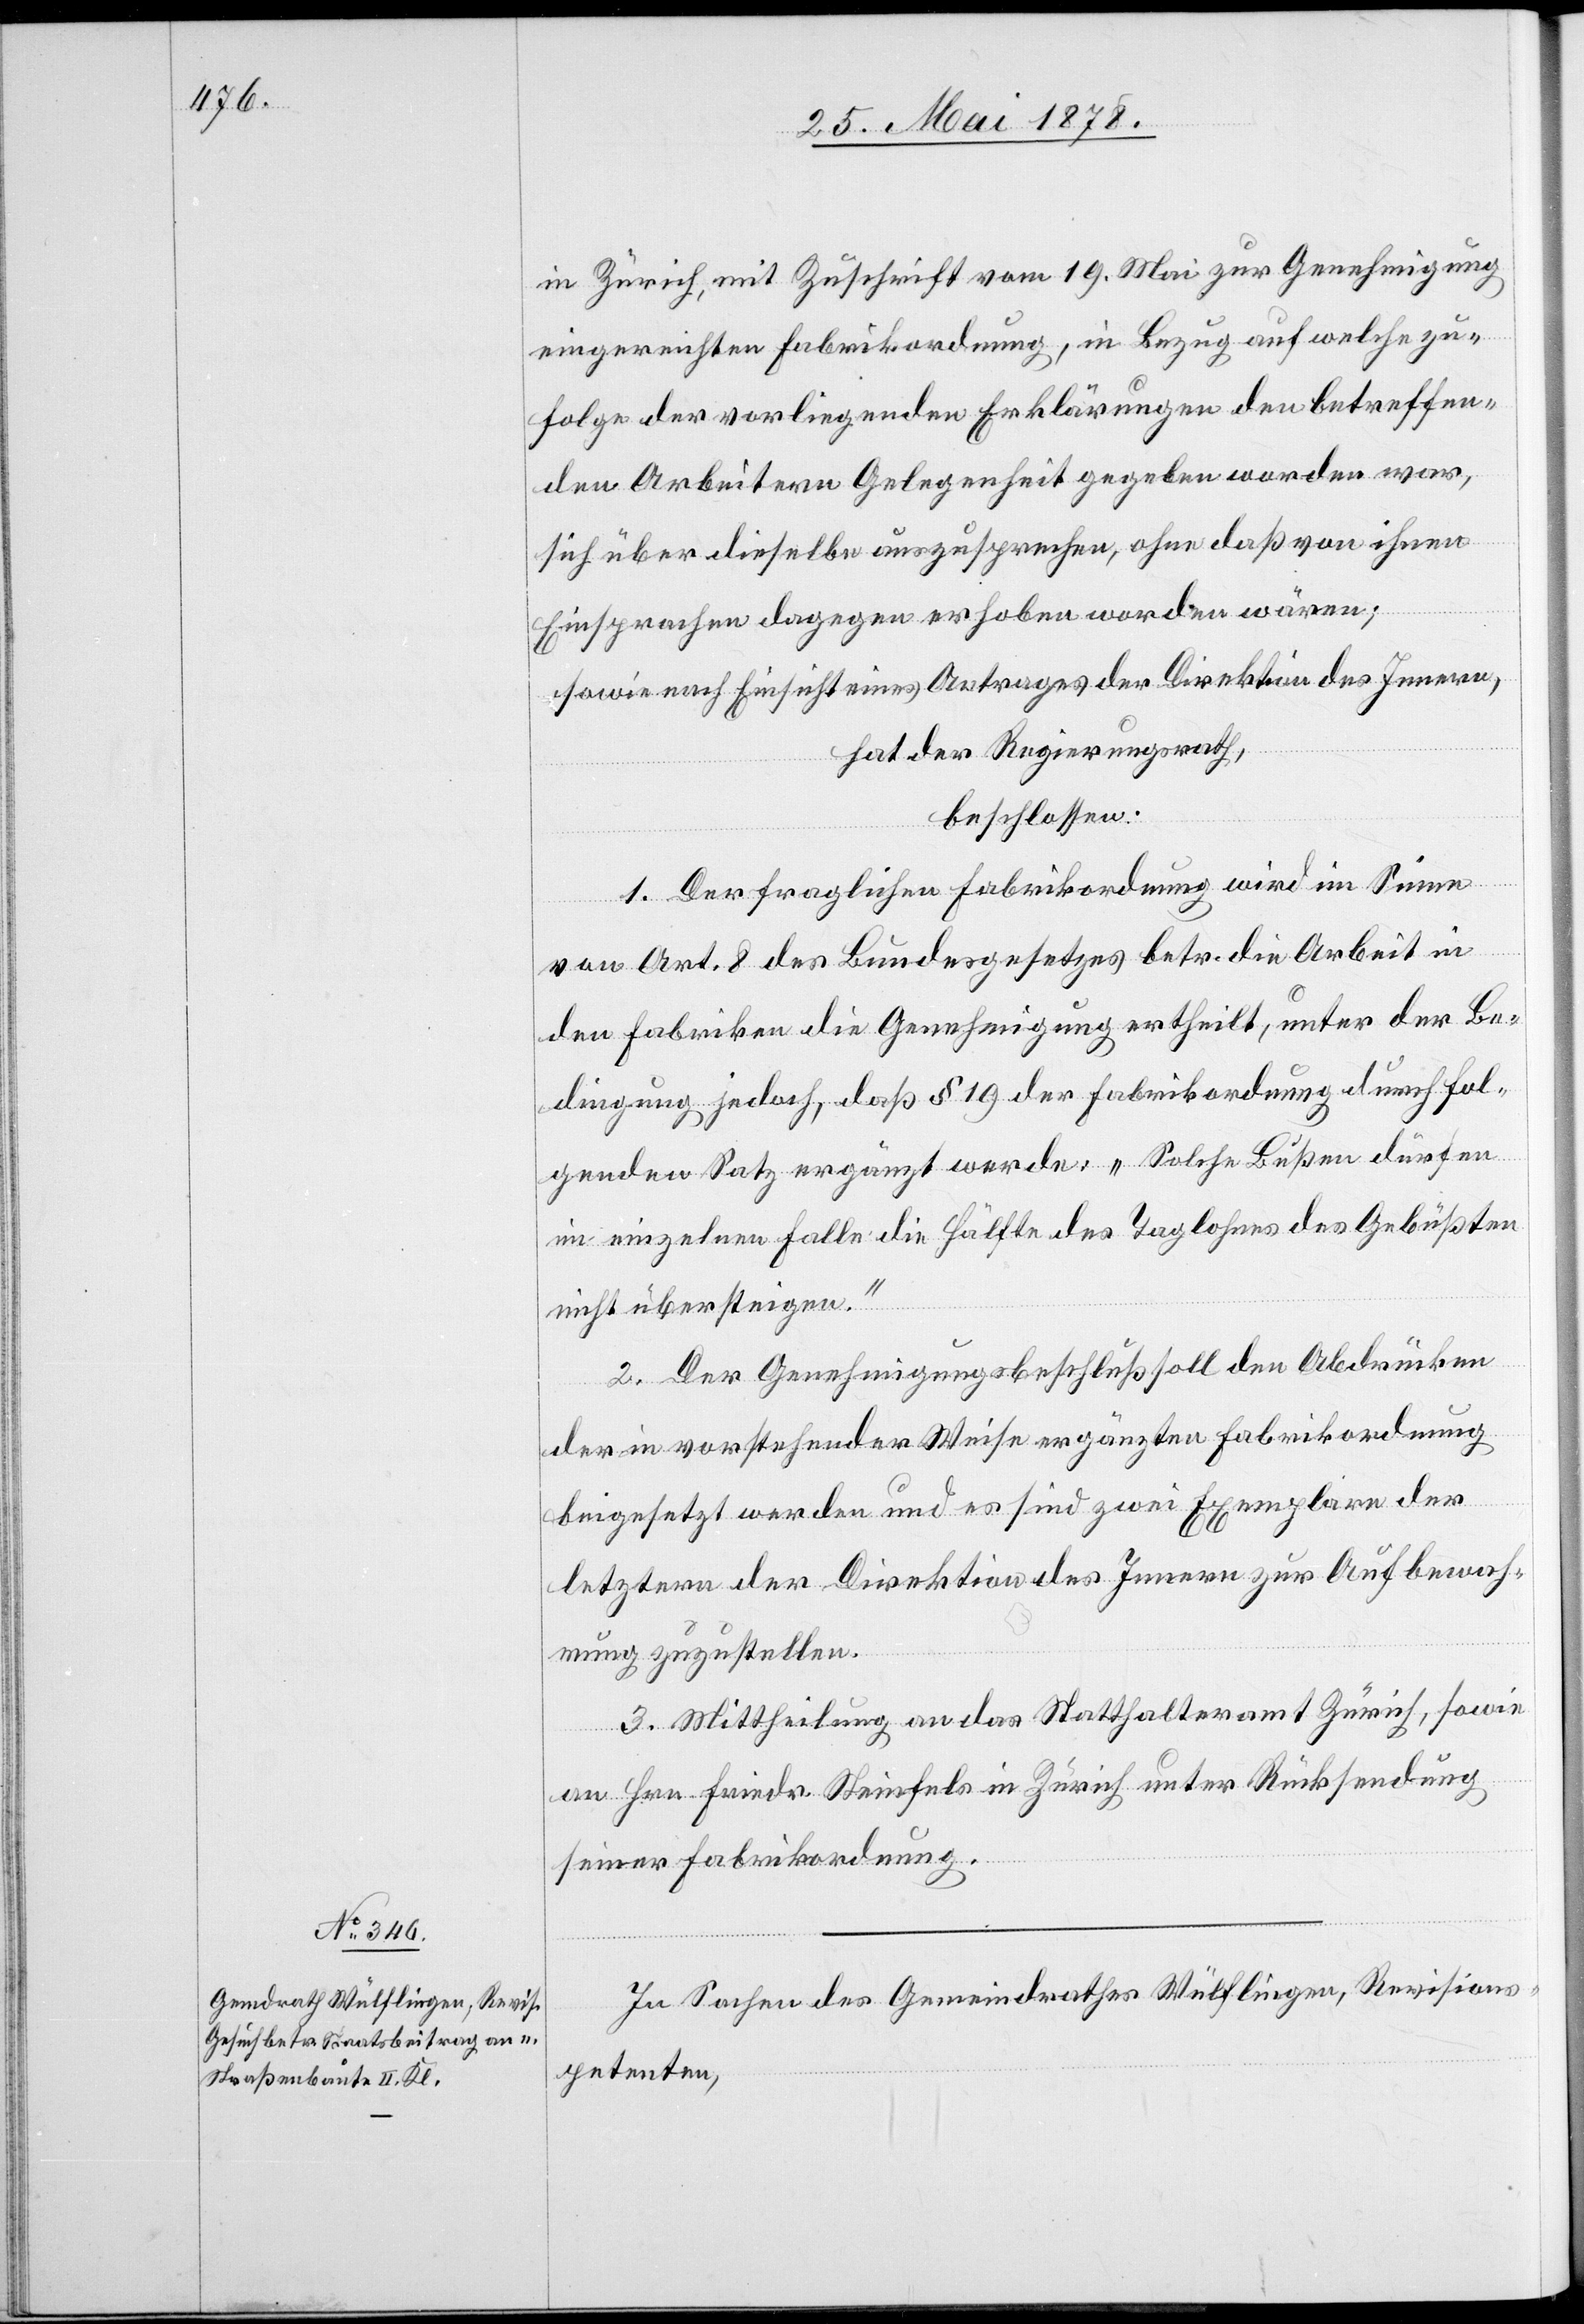
in Zürich, mit Zuschrift vom 19. Mai zur Genehmigung
eingereichten Fabrikordnung, in Bezug auf welche zu¬
folge der vorliegenden Erklärungen den betreffen¬
den Arbeitern Gelegenheit gegeben worden war,
sich über dieselbe auszusprechen, ohne dass von ihnen
Einsprachen dagegen erhoben worden wären;
sowie nach Einsicht eines Antrages der Direktion des Innern,
hat der Regierungsrath,
beschlossen:
1. Der fraglichen Fabrikordnung wird im Sinne
von Art. 8 des Bundesgesetzes betr. die Arbeit in
den Fabriken die Genehmigung ertheilt, unter der Be¬
dingung jedoch, dass § 19 der Fabrikordnung durch fol¬
genden Satz ergänzt werde: „Solche Bußen dürfen
im einzelnen Falle die Hälfte des Taglohnes des Gebüßten
nicht übersteigen.“
2. Der Genehmigungsbeschluß soll den Abdrücken
der in vorstehender Weise ergänzten Fabrikordnung
beigesetzt werden und es sind zwei Exemplare der
letztern der Direktion des Innern zur Aufbewah¬
rung zuzustellen.
3. Mittheilung an das Statthalteramt Zürich, sowie
an Hrn. Friedr. Steinfels in Zürich unter Rücksendung
seiner Fabrikordnung.
In Sachen des Gemeindrathes Wülflingen, Revisions¬
petenten,